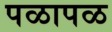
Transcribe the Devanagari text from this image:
पळापळ